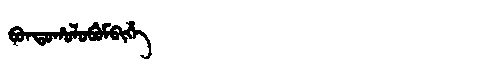
Manchu: ᠪᠣᠨᡨᠣᡥᠣᠯᠣᠪᡠᠮᠪᡳᡥᡝ
Romanization: BONTOHOLOBUMBIHE